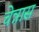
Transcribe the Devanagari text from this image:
चेन्नास